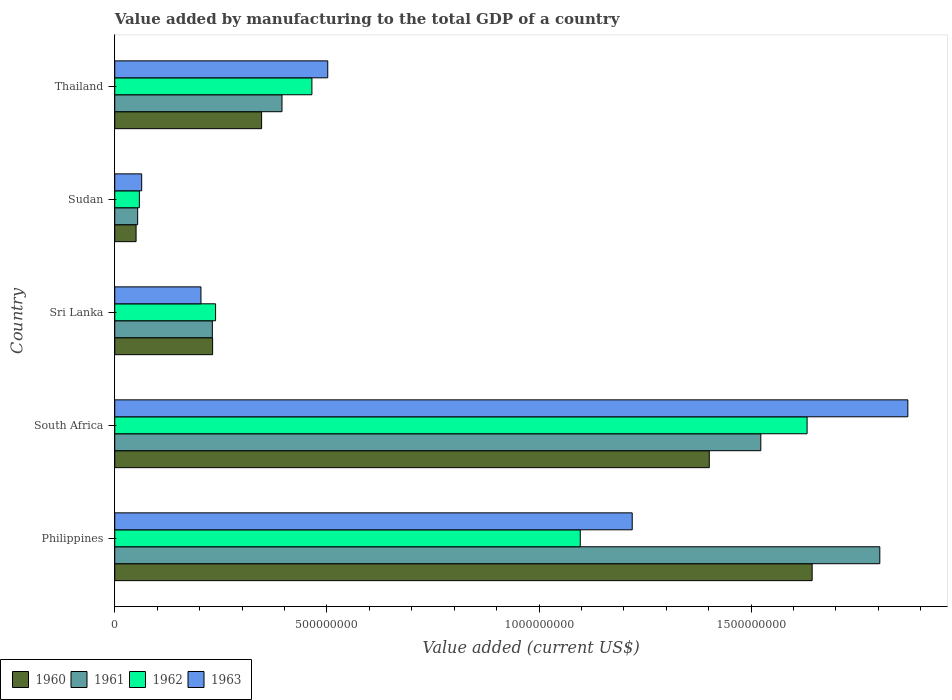
| Country | 1960 | 1961 | 1962 | 1963 |
 | --- | --- | --- | --- | --- |
 | Philippines | 1.64e+09 | 1.8e+09 | 1.1e+09 | 1.22e+09 |
 | South Africa | 1.4e+09 | 1.52e+09 | 1.63e+09 | 1.87e+09 |
 | Sri Lanka | 2.31e+08 | 2.3e+08 | 2.38e+08 | 2.03e+08 |
 | Sudan | 5.03e+07 | 5.4e+07 | 5.8e+07 | 6.35e+07 |
 | Thailand | 3.46e+08 | 3.94e+08 | 4.65e+08 | 5.02e+08 |